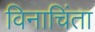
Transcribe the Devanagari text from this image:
विनाचिंता